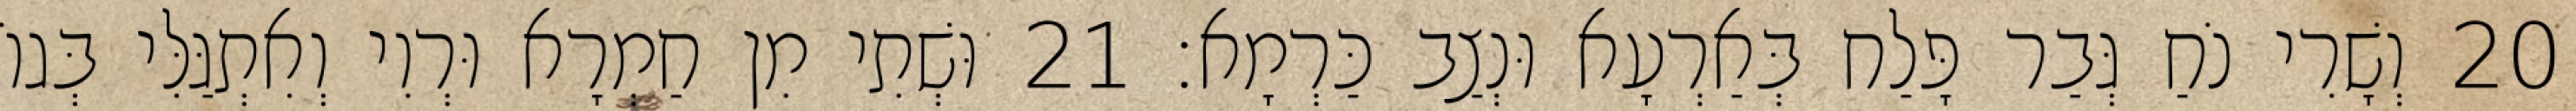
20 וְשָׁרִי נֹחַ גְּבַר פָּלַח בְּאַרְעָא וּנְצַב כַּרְמָא׃ 21 וּשְׁתִי מִן חַמְרָא וּרְוִי וְאִתְגַּלִּי בְּגוֹ